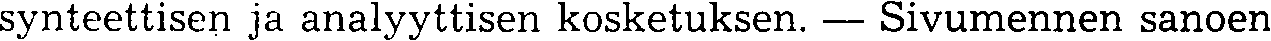
synteettisen ja analyyttisen kosketuksen. — Sivumennen sanoen